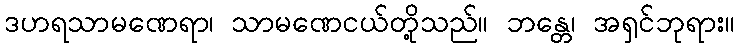
ဒဟရသာမဏေရာ၊ သာမဏေငယ်တို့သည်။ ဘန္တေ၊ အရှင်ဘုရား။